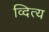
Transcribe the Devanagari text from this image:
व्दित्य